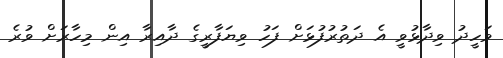
ވަހީދު ވިދާޅުވީ އެ ދަތުރުފުޅަށް ފަހު ވިޔަފާރީގެ ދާއިރާ އިން މިހާރަށް ވުރެ